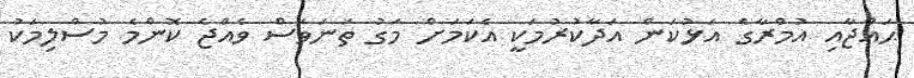
ޙައްޖާއި އުމްރާގެ އަޅުކަން އަދާކުރުމަކީ އެކަމަށް މަގު ތަނަވަސް ވެއްޖެ ކޮންމެ މުސްލިމަކު